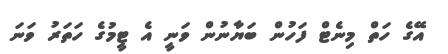
އޭގެ ހަތް މިނެޓް ފަހުން ބަޔާނުން ވަނީ އެ ޓީމުގެ ހަތަރު ވަނަ